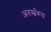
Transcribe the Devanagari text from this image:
अंतर्स्वरूप